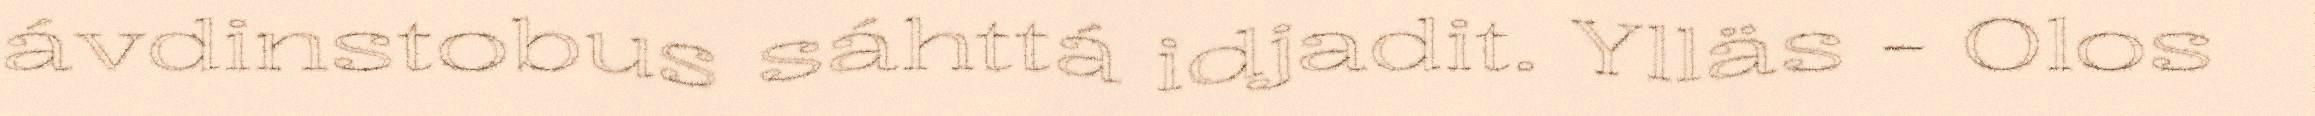
ávdinstobus sáhttá idjadit. Ylläs - Olos